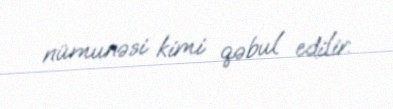
nümunəsi kimi qəbul edilir.